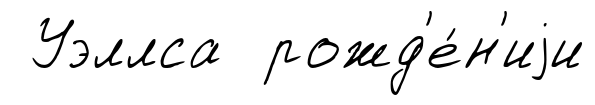
Уэллса рожд'е́н'иjи